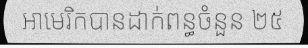
អាមេរិកបានដាក់ពន្ធចំនួន ២៥